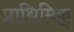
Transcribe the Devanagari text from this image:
प्राथिमिक्